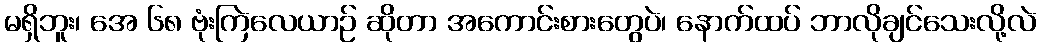
မရှိဘူး၊ အေ ၆၈ ဗုံးကြဲလေယာဉ် ဆိုတာ အကောင်းစားတွေပဲ၊ နောက်ထပ် ဘာလိုချင်သေးလို့လဲ